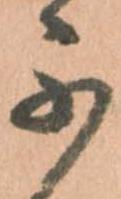
不